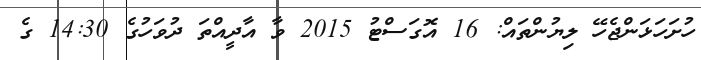
ހުށަހަޅަންޖެހޭ ލިޔުންތައް: 16 އޮގަސްޓު 2015 ވާ އާދީއްތަ ދުވަހުގެ 14:30 ގެ